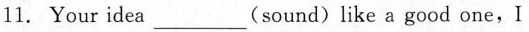
1.Your idea ___ (sound) like a good one, I